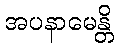
အပနာမေန္တိ